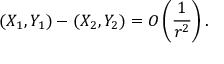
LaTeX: ( X _ { 1 } , Y _ { 1 } ) - ( X _ { 2 } , Y _ { 2 } ) = O \left( \frac { 1 } { r ^ { 2 } } \right) .